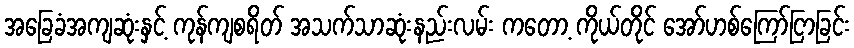
အခြေခံအကျဆုံးနှင့် ကုန်ကျစရိတ် အသက်သာဆုံးနည်းလမ်း ကတော့ ကိုယ်တိုင် အော်ဟစ်ကြော်ငြာခြင်း